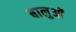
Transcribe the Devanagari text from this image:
बालुओं